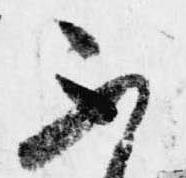
不